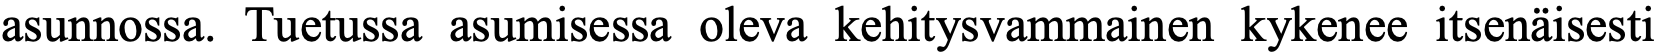
asunnossa. Tuetussa asumisessa oleva kehitysvammainen kykenee itsenäisesti